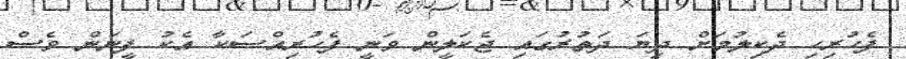
ފެހުރިހި ދެކިލުމަށް ދިޔަ ދަތުރުގައި ޖެކަލީން ވަނީ ފެހުރިއްސަކާ އެކު ފީނަން ވެސް